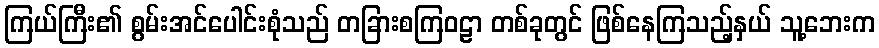
ကြယ်ကြီး၏ စွမ်းအင်ပေါင်းစုံသည် တခြားစကြဝဠာ တစ်ခုတွင် ဖြစ်နေကြသည့်နှယ် သူ့ဘေးက